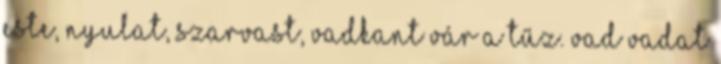
este, nyulat, szarvast, vadkant vár a tűz. vad vadat